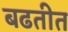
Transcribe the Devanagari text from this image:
बढतीत